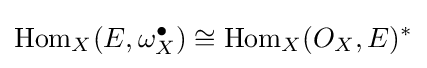
\operatorname {Hom} _{X}(E,\omega _{X}^{\bullet })\cong \operatorname {Hom} _{X}(O_{X},E)^{*}